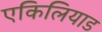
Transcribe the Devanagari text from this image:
एकिलियाड